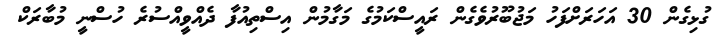
ގުޅިގެން 30 އަހަރަށްފަހު މަޖުބޫރުވެގެން ރައީސްކަމުގެ މަގާމުން އިސްތިއުފާ ދެއްވީއްސުރެ ހުސްނީ މުބާރަކް